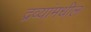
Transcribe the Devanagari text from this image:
द्रव्यांमधील